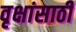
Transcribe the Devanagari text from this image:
वृक्षांसाठी